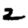
Digit: 2